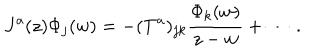
J ^ { a } ( z ) \Phi _ { j } ( w ) = - ( T ^ { a } ) _ { j k } \frac { \Phi _ { k } ( w ) } { z - w } + \cdots ~ .